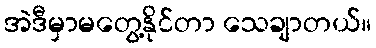
အဲဒီမှာမတွေ့နိုင်တာ သေချာတယ်။